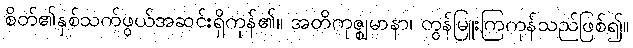
စိတ်၏နှစ်သက်ဖွယ်အဆင်းရှိကုန်၏။ အတိကုဇ္ဈမာနာ၊ တွန်မြူးကြကုန်သည်ဖြစ်၍။